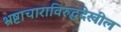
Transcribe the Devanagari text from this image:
भ्रष्टाचाराविरुद्धदेखील